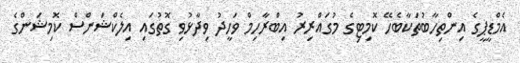
އެމްޑީޕީގެ އިންތިހާބުތަކާބެހޭ ކޮމިޓިގެ މުގައްރިރު އިބްރާހިމް ވަހީދު ވިދާޅުވި ގޮތުގައި އިލެކްޝަންސް ކޮމިޝަންގެ